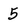
Character: 5